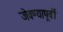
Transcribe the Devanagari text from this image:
जेवण्यापूर्वी